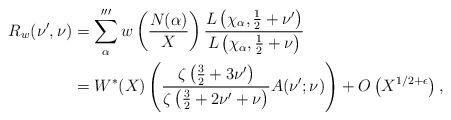
LaTeX: \begin{align*} R_w(\nu',\nu) &= \sum_{\alpha}''' w\left(\frac{N(\alpha)}{X}\right) \frac{L\left(\chi_{\alpha},\frac{1}{2} + \nu'\right)}{L\left(\chi_{\alpha},\frac{1}{2} + \nu\right)}\\ &= W^*(X) \left(\frac{\zeta\left(\frac{3}{2}+3\nu'\right)}{\zeta\left(\frac{3}{2}+2\nu'+\nu\right)} A(\nu';\nu) \right) + O\left(X^{1/2+\epsilon}\right),\end{align*}